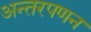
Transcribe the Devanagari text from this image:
अन्तरपणन